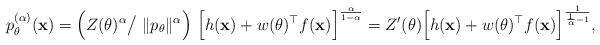
LaTeX: \begin{align*}p^{(\alpha)}_\theta({\bf{x}}) = \Big({Z(\theta)^{\alpha}}\big/~{\|p_\theta\|^\alpha}\Big)~ \Big[h({\bf{x}}) + w(\theta)^\top f({\bf{x}})\Big]^{\frac{\alpha}{1 - \alpha}}=Z'(\theta)\Big[ h({\bf{x}}) + w(\theta)^\top f({\bf{x}})\Big]^{\frac{1}{\frac{1}{\alpha}-1}},\end{align*}